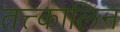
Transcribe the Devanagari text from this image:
तत्त्कालिन